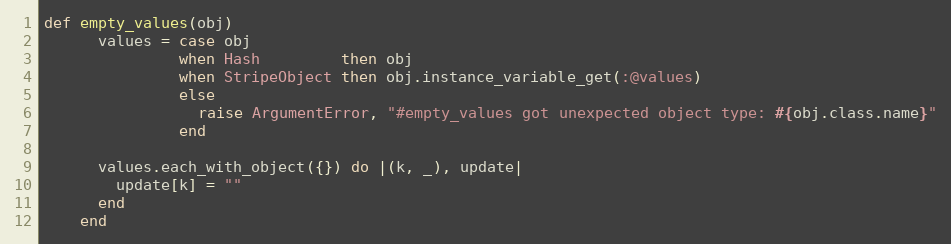
Language: Ruby
def empty_values(obj)
      values = case obj
               when Hash         then obj
               when StripeObject then obj.instance_variable_get(:@values)
               else
                 raise ArgumentError, "#empty_values got unexpected object type: #{obj.class.name}"
               end

      values.each_with_object({}) do |(k, _), update|
        update[k] = ""
      end
    end